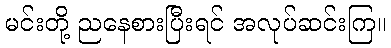
မင်းတို့ ညနေစားပြီးရင် အလုပ်ဆင်းကြ။